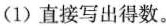
(1)直接写出得数。